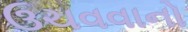
ઉચવવાનો